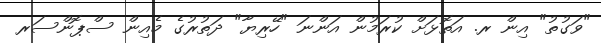
"ވަގުތު" އިން ރ. އަތޮޅަށް ކުރަމުން އަންނަ "ހޭރިޔާ" ދަތުރުގެ މެއިން ސްޕޮންސަރ